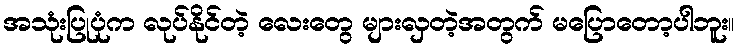
အသုံးပြုပုံက လုပ်နိုင်တဲ့ လေးတွေ များလှတဲ့အတွက် မပြောတော့ပါဘူး။